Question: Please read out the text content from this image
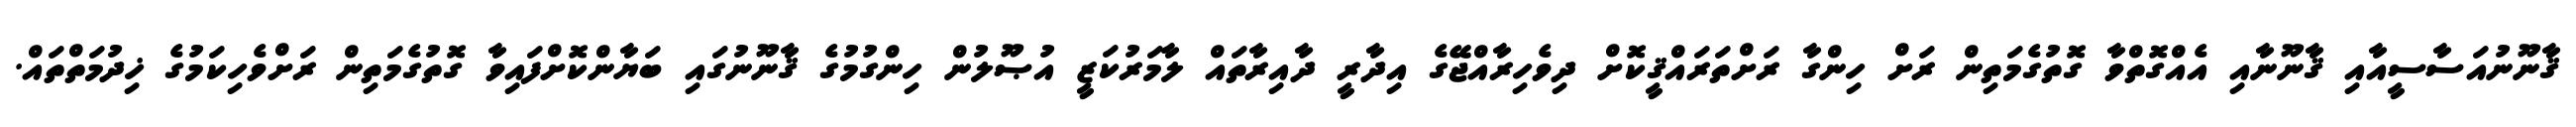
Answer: ޤާނޫނުއަސާސީއާއި ޤާނޫނާއި އެއްގޮތްވާ ގޮތުގެމަތިން ރަށް ހިންގާ ރަށްތަރައްޤީކޮށް ދިވެހިރާއްޖޭގެ އިދާރީ ދާއިރާތައް ލާމަރުކަޒީ އުޞޫލުން ހިންގުމުގެ ޤާނޫނުގައި ބަޔާންކޮށްފައިވާ ގޮތުގެމަތިން ރަށްވެހިކަމުގެ ޚިދުމަތްތައް.